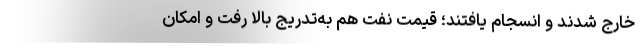
خارج شدند و انسجام یافتند؛ قیمت نفت هم به‌تدریج بالا رفت و امکان